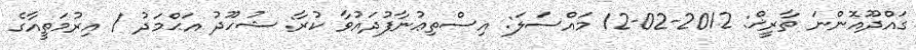
ގައްދޫއޮންނަ ތާރީޚް: 2012-02-12 މައްސަލަ: އިސްތިޢުނާފުދައުވާ ކުރާ: ޝުހޫދު އަޙްމަދު / އިރުމަތީއާގެ